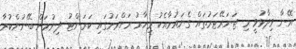
އޭނާ ވިދާޅުވީ މި ޖަނަރޭޓަރުތައް ގެނައުމާއެކު މިހާރު ރަށްރަށުގައި ކަރަންޓު ދިނުމަށް ބޭނުންކުރާ